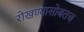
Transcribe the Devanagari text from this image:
रोखण्यासोबतच